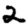
Digit: 2